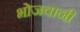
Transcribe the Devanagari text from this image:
भोजवानी